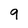
Character: 9